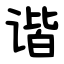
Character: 谐